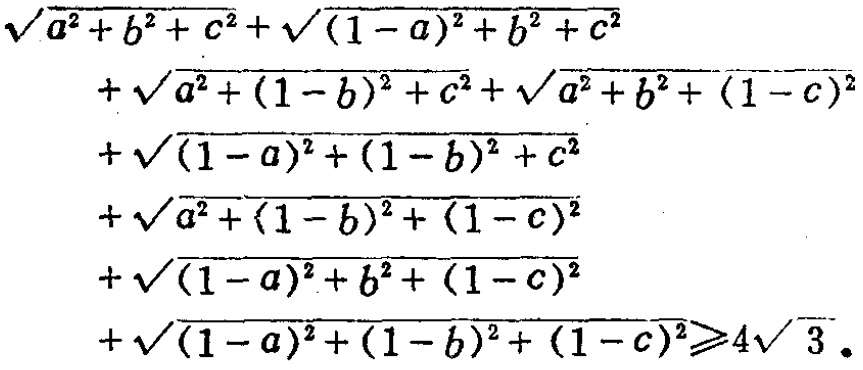
\[\begin{align*}
&\sqrt{a^{2}+b^{2}+c^{2}}+\sqrt{(1 - a)^{2}+b^{2}+c^{2}}\\
&+\sqrt{a^{2}+(1 - b)^{2}+c^{2}}+\sqrt{a^{2}+b^{2}+(1 - c)^{2}}\\
&+\sqrt{(1 - a)^{2}+(1 - b)^{2}+c^{2}}\\
&+\sqrt{a^{2}+(1 - b)^{2}+(1 - c)^{2}}\\
&+\sqrt{(1 - a)^{2}+b^{2}+(1 - c)^{2}}\\
&+\sqrt{(1 - a)^{2}+(1 - b)^{2}+(1 - c)^{2}}\geqslant4\sqrt{3}
\end{align*}\]